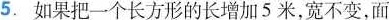
5.如果把一个长方形的长增加5米，宽不变，面